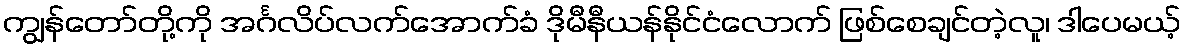
ကျွန်တော်တို့ကို အင်္ဂလိပ်လက်အောက်ခံ ဒိုမီနီယန်နိုင်ငံလောက် ဖြစ်စေချင်တဲ့လူ၊ ဒါပေမယ့်